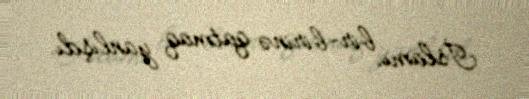
İslamı bir-birinə qatmaq yanlışdı.